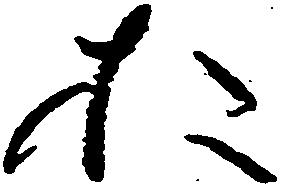
お